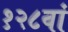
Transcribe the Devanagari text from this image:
१२८वां